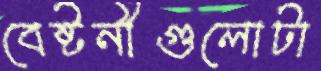
বেষ্টনীগুলোটা